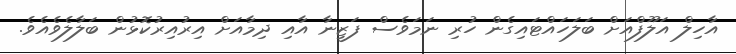
އާހިލް އަލޫފްއަށް ބަލަހައްޓައިގެން ހުރި ނަމަވެސް ފަޒީނާ އާއި ދިމާއަށް އިރުއިރުކޮޅުން ބަލާލެވެއެވެ.